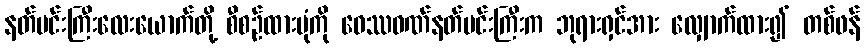
နတ်မင်းကြီးလေးယောက်တို့ စီစဉ်ထားပုံကို ဝေဿဝဏ်နတ်မင်းကြီးက ဘုရားရှင်အား လျှောက်ထား၍ တစ်ဖန်